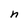
Character: n